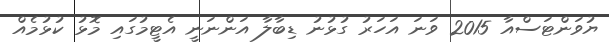
ޔުވަންޓަސްއާ 2015 ވަނަ އަހަރު ގުޅުނު ޑިބާލާ އަންނަނީ އެޓީމުގައި މޮޅު ކުޅުމެއް